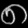
Digit: ၈